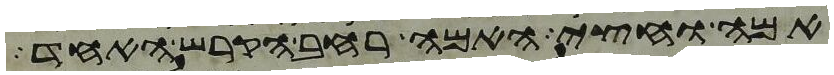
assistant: אמה וחצי האמה רחב הקרש האחד